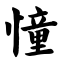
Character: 憧